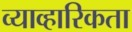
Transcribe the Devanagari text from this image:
व्याव्हारिकता